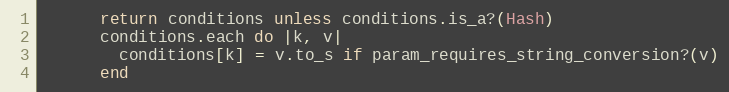
Language: Ruby
      return conditions unless conditions.is_a?(Hash)
      conditions.each do |k, v|
        conditions[k] = v.to_s if param_requires_string_conversion?(v)
      end